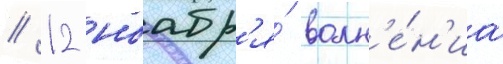
// 12 ноабр'я́ волн'е́н'иа